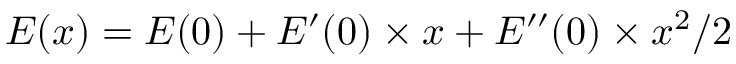
E ( x ) = E ( 0 ) + E ^ { \prime } ( 0 ) \times x + E ^ { \prime \prime } ( 0 ) \times x ^ { 2 } / 2